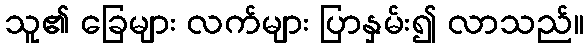
သူ၏ ခြေများ လက်များ ပြာနှမ်း၍ လာသည်။